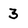
Character: 3